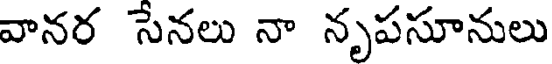
వానర సేనలు నా నృపసూనులు